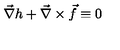
\vec { \nabla } h + \vec { \nabla } \times \vec { f } \equiv 0